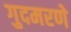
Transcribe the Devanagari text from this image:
गुदमरणे